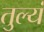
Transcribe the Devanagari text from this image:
तुल्यं